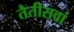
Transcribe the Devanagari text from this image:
तैतीसवां